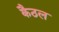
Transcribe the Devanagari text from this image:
कैठल